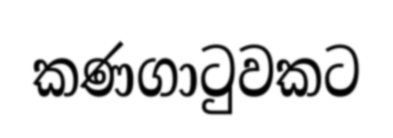
කණගාටුවකට